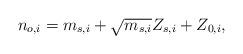
LaTeX: \begin{align*}n_{o,i}=m_{s,i}+\sqrt{m_{s,i}}Z_{s,i}+Z_{0,i},\end{align*}